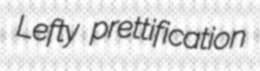
Lefty prettification